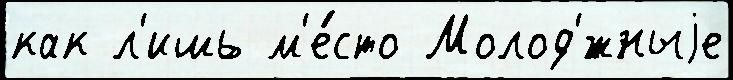
как л'ишь м'е́сто Молод'́жныjе